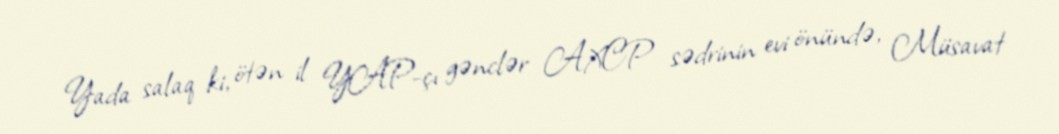
Yada salaq ki, ötən il YAP-çı gənclər AXCP sədrinin evi önündə, Müsavat